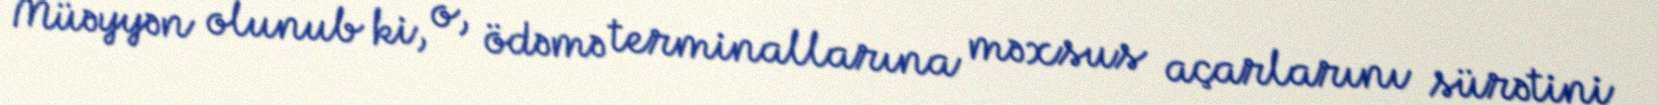
Müəyyən olunub ki, o, ödəmə terminallarına məxsus açarlarını sürətini